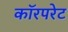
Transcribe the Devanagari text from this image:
कॉरपरेट